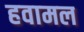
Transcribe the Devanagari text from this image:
हवामल